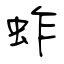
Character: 蚱